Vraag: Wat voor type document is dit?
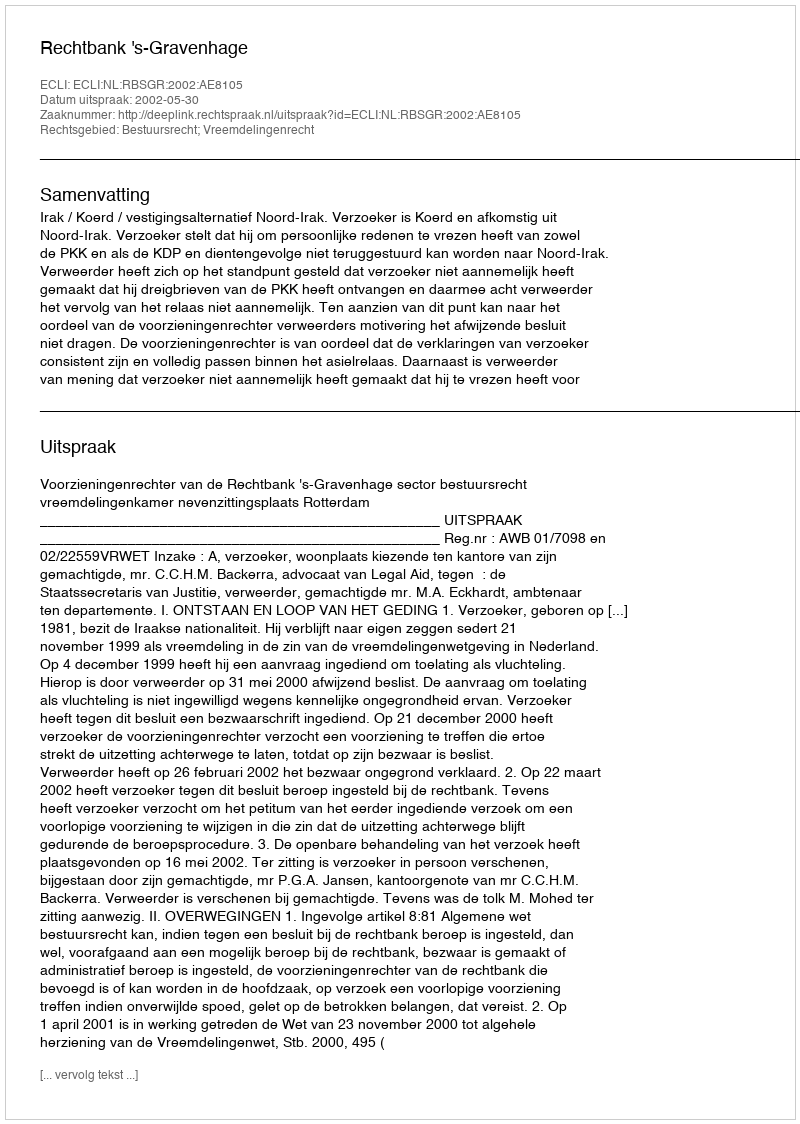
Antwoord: Uitspraak